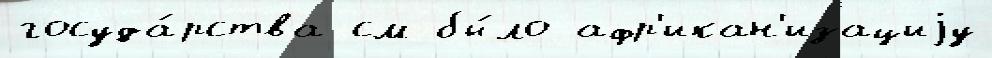
госуда́рства см бы́ло афр'икан'изациjу